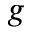
g